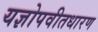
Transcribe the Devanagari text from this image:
यज्ञोपवीतधारण